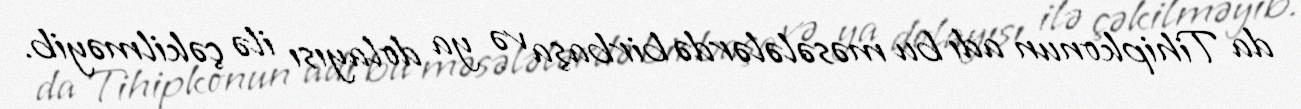
da Tihipkonun adı bu məsələlərdə birbaşa və ya dolayısı ilə çəkilməyib.